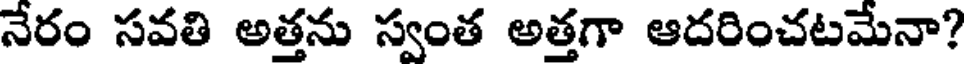
నేరం సవతి అత్తను స్వంత అత్తగా ఆదరించటమేనా?